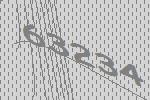
63234